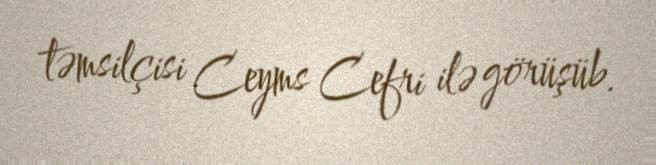
təmsilçisi Ceyms Cefri ilə görüşüb.